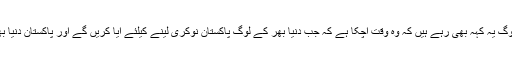
روحانی دنیا کے بے شمار لوگ یہ کہہ بھی رہے ہیں کہ وہ وقت آچکا ہے کہ جب دنیا بھر کے لوگ پاکستان نوکری لینے کیلئے آیا کریں گے اور پاکستان دنیا بھر کے فیصلے کیا کرے گا۔